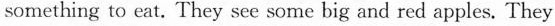
something to eat. They see some big and red apples. They